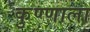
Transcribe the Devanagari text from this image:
कुण्णाला